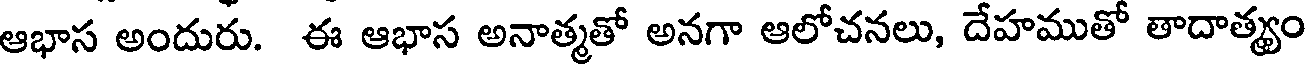
ఆభాస అందురు. ఈ ఆభాస అనాత్మతో అనగా ఆలోచనలు, దేహముతో తాదాత్యం